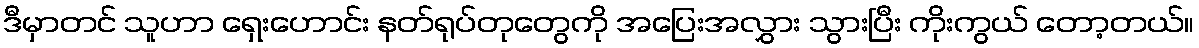
ဒီမှာတင် သူဟာ ရှေးဟောင်း နတ်ရုပ်တုတွေကို အပြေးအလွှား သွားပြီး ကိုးကွယ် တော့တယ်။